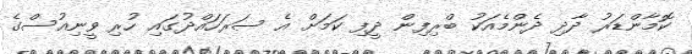
ކޮމާންޑަރު ދާދި ދެންމެއަކު ބްރިފިން ދީފި ކަމަށް އެ ސަރަހައްދުގައި ހުރި ވީނިއުސްގެ